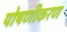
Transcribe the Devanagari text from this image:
पोषणीकरण